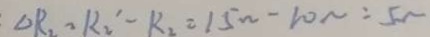
\Delta R _ { 2 } = R _ { 2 } ^ { \prime } - R _ { 2 } = 1 5 \Omega - 1 0 \Omega = 5 \Omega